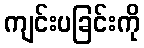
ကျင်းပခြင်းကို